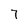
Character: 7